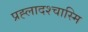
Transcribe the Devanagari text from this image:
प्रह्लादश्चास्मि